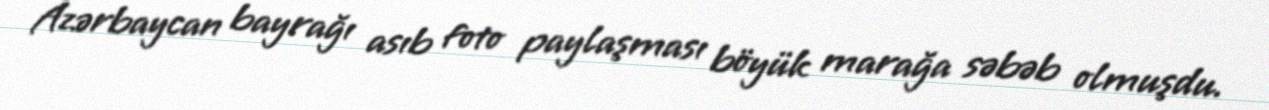
Azərbaycan bayrağı asıb foto paylaşması böyük marağa səbəb olmuşdu.